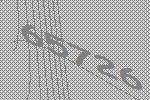
65726